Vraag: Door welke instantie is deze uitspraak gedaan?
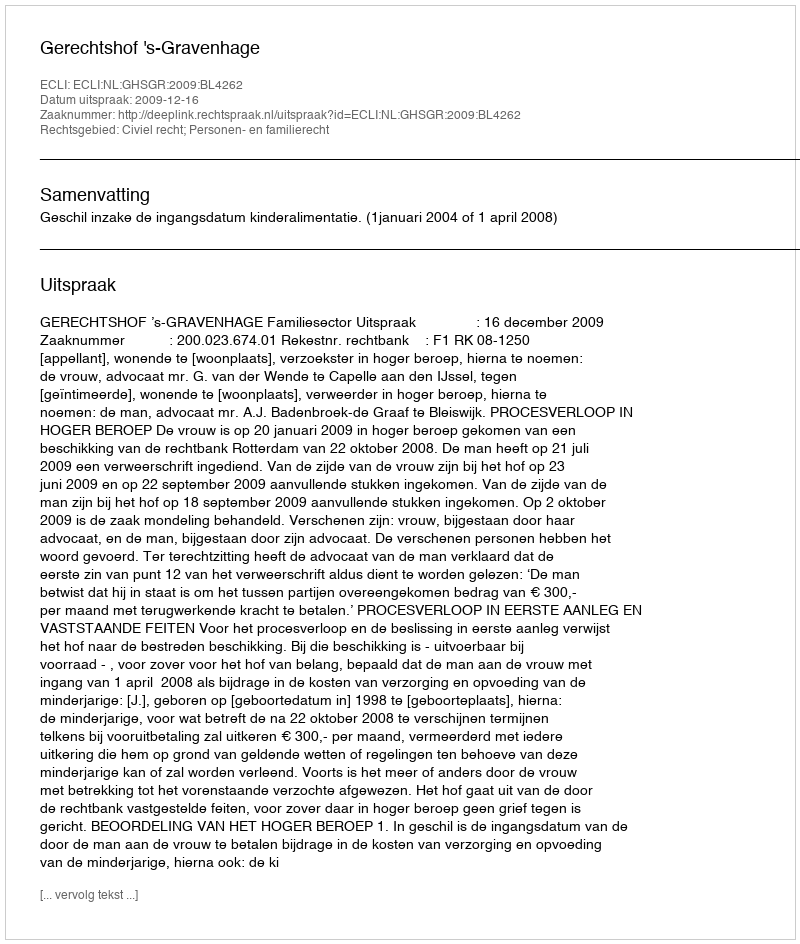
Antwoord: Gerechtshof 's-Gravenhage